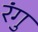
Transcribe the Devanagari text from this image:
रंगु